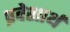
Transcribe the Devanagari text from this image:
प्रवेशार्थ